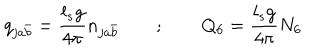
LaTeX: q _ { j a \bar { b } } = { \frac { l _ { s } g } { 4 \pi } } n _ { j a \bar { b } } ~ ~ ; ~ ~ Q _ { 6 } = { \frac { l _ { s } g } { 4 \pi } } N _ { 6 }